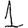
Digit: 1